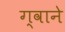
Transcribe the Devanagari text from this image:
ग्वाने